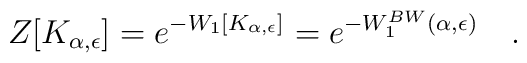
Z[K_{\alpha,\epsilon}]=e^{-W_1[K_{\alpha,\epsilon}]}=e^{-W_1^{BW}(\alpha,\epsilon)}~~~.